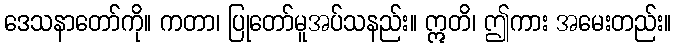
ဒေသနာတော်ကို။ ကတာ၊ ပြုတော်မူအပ်သနည်း။ ဣတိ၊ ဤကား အမေးတည်း။